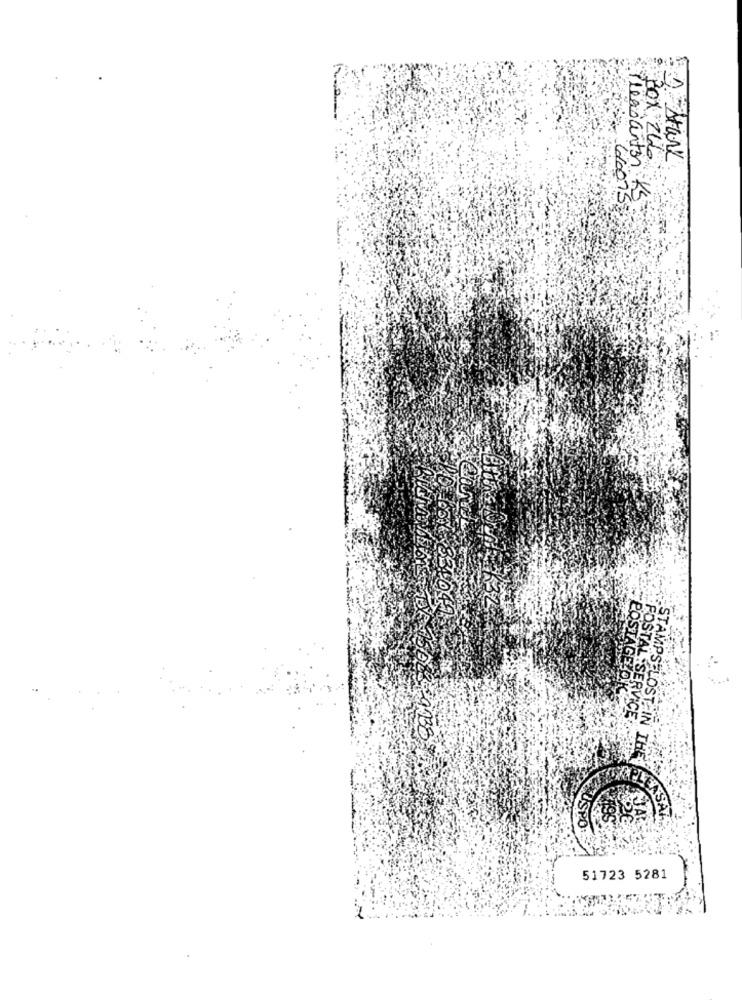
3
BOX 266
do
Pesocenter KS
33.049
POSTAGEZOK
POSTAL SERVICE
STAMPS LOST. IN THE
POLEASAR
USPOR
51723 5281